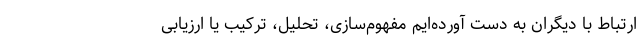
ارتباط با دیگران به دست آورده‌ایم مفهوم‌سازی، تحلیل، ترکیب یا ارزیابی